Report on the working of the Ranchi Indian Mental Hospital, Kanke, in Bihar and Orissa - 1930-1940
Year: 1930
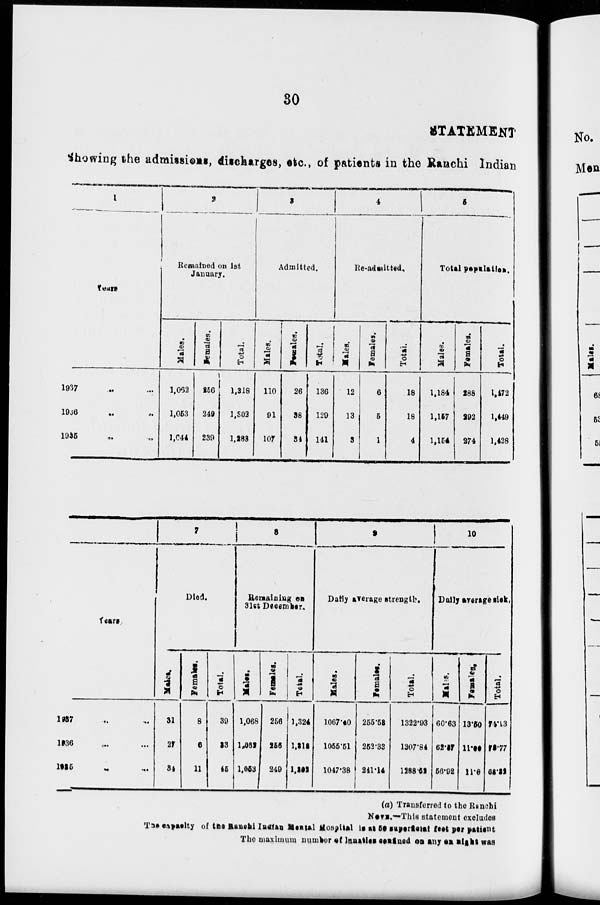
30
STATEMENT
Showing the admissions, discharges, etc., of patients in the Ranchi Indian
1
Years
1937 .. ..
1936 .. ..
1935 .. ..
2
Remained on 1st
January.
Males.
1,062
1,053
1,044
Females.
256
249
239
Total.
1,318
1,302
1,283
3
Admitted.
Males.
110
91
107
Females.
26
38
34
Total.
136
129
141
4
Re-admitted.
Males.
12
13
3
Females.
6
5
1
Total.
18
18
4
5
Total population.
Males.
1,184
1,157
1,154
Females.
288
292
274
Total.
1,472
1,449
1,428
Years.
1937 ... ...
1936 ... ...
1935 ... ...
7
Died.
Males.
31
27
34
Females.
8
6
11
Total.
39
33
45
8
Remaining on
31st December.
Males.
1,068
1,062
1,053
Females.
256
256
249
Total.
1,324
1,318
1,302
9
Daily average strength.
Males.
1067.40
1055.51
1047.38
Females.
255.53
252.33
241.14
Total.
1322.93
1307.84
1288.52
10
Daily average sick.
Males.
60.63
62.57
56.92
Females.
13.50
11.20
11.30
Total.
74.13
73.77
68.22
(a) Transferred to the Ranchi
NOTE.—This statement excludes
The capacity of the Ranchi Indian Mental Hospital is at 50 superficial feet per patient
The maximum number of lunatics confined on any one night was